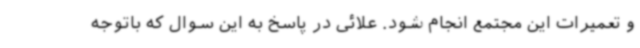
و تعمیرات این مجتمع انجام شود. علائی در پاسخ به این سوال که باتوجه